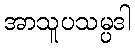
အာသူပသမ္ပဒါ